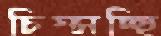
চিম্‌সচ্ছি